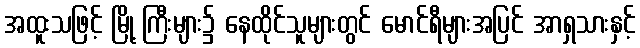
အထူးသဖြင့် မြို့ ကြီးများ၌ နေထိုင်သူများတွင် မောင်ရီများအပြင် အာရှသားနှင့်